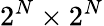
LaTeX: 2^{N}\times 2^{N}